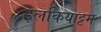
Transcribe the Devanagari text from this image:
इलकियाट्टम